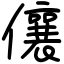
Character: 儴